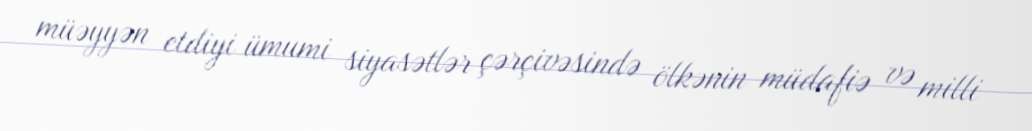
müəyyən etdiyi ümumi siyasətlər çərçivəsində ölkənin müdafiə və milli